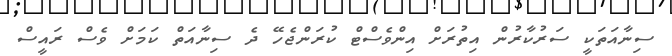
ސިނާއަތަކީ ސަރުކާރުން އިތުރަށް އިންވެސްޓް ކުރަންޖެހޭ ދެ ސިނާއަތް ކަމަށް ވެސް ރައީސް